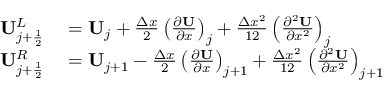
\begin{array} { r l } { \mathbf { U } _ { j + \frac { 1 } { 2 } } ^ { L } } & { { } = \mathbf { { U } } _ { j } + \frac { \Delta x } { 2 } \left( \frac { \partial \mathbf { U } } { \partial x } \right) _ { j } + \frac { \Delta x ^ { 2 } } { 1 2 } \left( \frac { \partial ^ { 2 } \mathbf { U } } { \partial x ^ { 2 } } \right) _ { j } } \\ { \mathbf { U } _ { j + \frac { 1 } { 2 } } ^ { R } } & { { } = \mathbf { { U } } _ { j + 1 } - \frac { \Delta x } { 2 } \left( \frac { \partial \mathbf { U } } { \partial x } \right) _ { j + 1 } + \frac { \Delta x ^ { 2 } } { 1 2 } \left( \frac { \partial ^ { 2 } \mathbf { U } } { \partial x ^ { 2 } } \right) _ { j + 1 } \quad } \end{array}